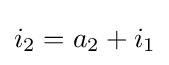
i_{2}=a_{2}+i_{1}